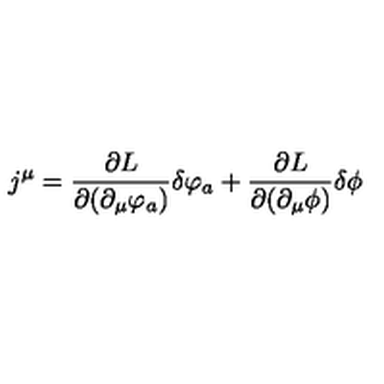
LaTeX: j ^ { \mu } = \frac { \partial L } { \partial ( \partial _ { \mu } \varphi _ { a } ) } \delta \varphi _ { a } + \frac { \partial L } { \partial ( \partial _ { \mu } \phi ) } \delta \phi